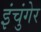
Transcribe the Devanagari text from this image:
इंचुंगेर